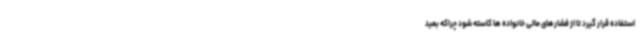
استفاده قرار گیرد تا از فشارهای مالی خانواده ها کاسته شود چراکه بعید